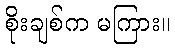
စိုးချစ်က မကြား။